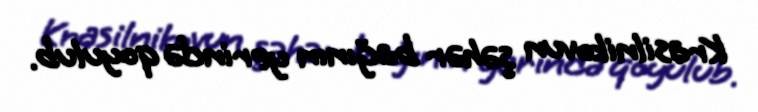
Krasilnikovun şəhər bağının yerində qoyulub.